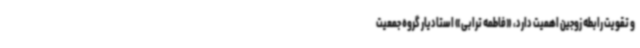
و تقویت رابطه زوجین اهمیت دارد، «فاطمه ترابی» استادیار گروه جمعیت